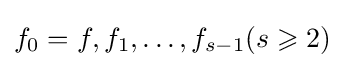
f_{0}=f,f_{1},\ldots ,f_{s-1}(s\geqslant 2)